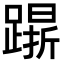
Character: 𨄸